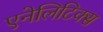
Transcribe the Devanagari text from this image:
एनेलिटिक्स